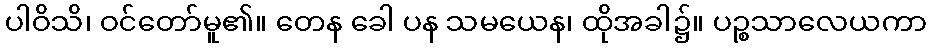
ပါဝိသိ၊ ဝင်တော်မူ၏။ တေန ခေါ ပန သမယေန၊ ထိုအခါ၌။ ပဉ္စသာလေယကာ